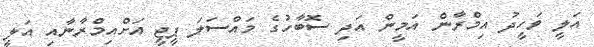
އަލީ ވަހީދު އިމްރާން އަމީން އަދި ސޮބާހުގެ މައްސަލަ ޕީޖީ އަށްއިމްރާނާއި އަލީ